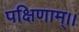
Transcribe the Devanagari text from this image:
पक्षिणाम्।।